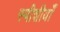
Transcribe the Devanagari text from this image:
स्पीशीयाँ